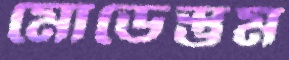
মোডেস্তুম